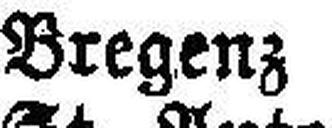
Bregenz